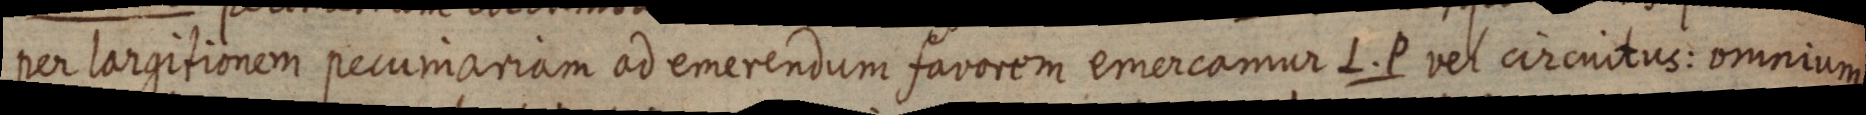
per largitionem pecumariam ad emerendum favorem emercamur L. P vel circuitus: omnium